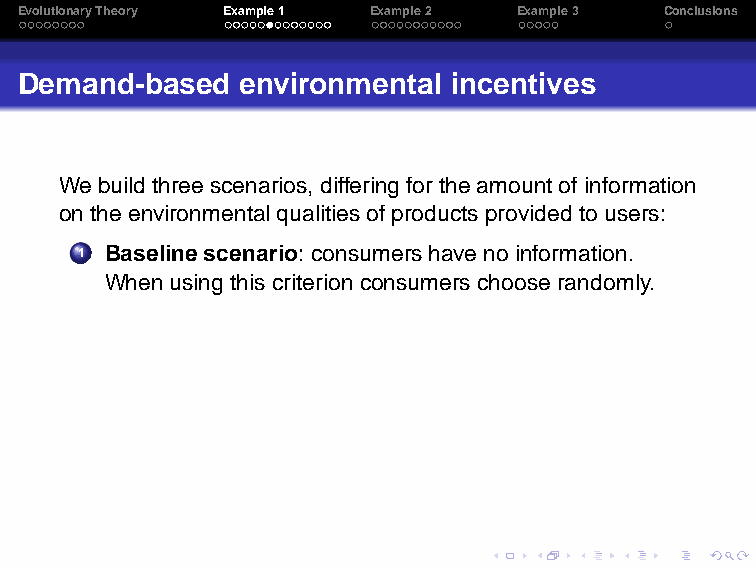
EvolutionaryTheory Example1 Example2 Example3 Conclusions
 Demand-based   environmental incentives
 We buildthree scenarios,differing for theamountofinformation
 on theenvironmentalqualitiesofproductsprovidedto users:
 1 Baselinescenario: consumershave noinformation.
 Whenusingthis criterion consumerschooserandomly.